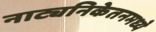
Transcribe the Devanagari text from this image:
नाट्यनिकेतनमध्ये